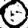
Digit: 0